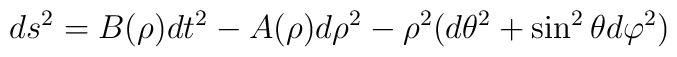
ds^2=B(\rho)dt^2-A(\rho)d \rho^2-\rho^2(d\theta^2+ \sin^2\theta d\varphi^2)